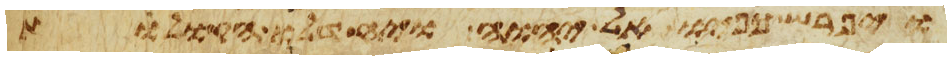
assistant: ויפרש כפיו אל יהוה ויחדלו הקולות